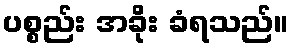
ပစ္စည်း အခိုး ခံရသည်။